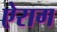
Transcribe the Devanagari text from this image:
ऐराग